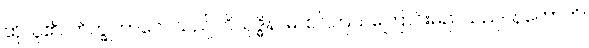
ထိုသူ၏။ ဘိက္ခုဘာဝေါ၊ သည်။ ဝိသုဒ္ဓိနာမ၊ စင်ကြယ်ကြောင်းမည်သည်။ နဟောတိ၊